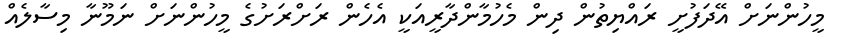
މީހުންނަށް އޭދަފުށީ ރައްޔިތުން ދިން މެހުމާންދާރީއަކީ އެހެން ރަށްރަށުގެ މީހުންނަށް ނަމޫނާ މިސާލެއް